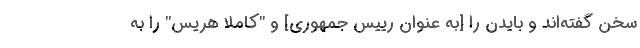
سخن گفته‌اند و بایدن را [به عنوان رییس جمهوری] و "کاملا هریس" را به